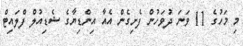
މި މަހުގެ 11 ވަނަ ދުވަހުން ފެށިގެން އެއާ އިންޑިޔާގެ ޝެޑިއުލް ފްލައިޓް